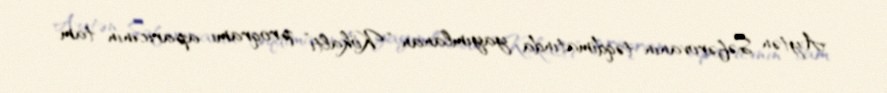
Aytən Səfərovanın təqdimatında yayımlanan “Kökaltı” proqramı aparıcının tam